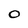
Character: 0